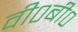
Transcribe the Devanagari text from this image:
वी०बी०